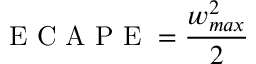
\mathrm { ~ E ~ C ~ A ~ P ~ E ~ } = \frac { w _ { m a x } ^ { 2 } } { 2 }